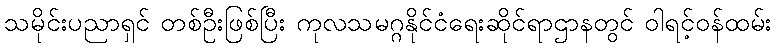
သမိုင်းပညာရှင် တစ်ဦးဖြစ်ပြီး ကုလသမဂ္ဂနိုင်ငံရေးဆိုင်ရာဌာနတွင် ဝါရင့်ဝန်ထမ်း